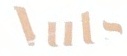
Nuts